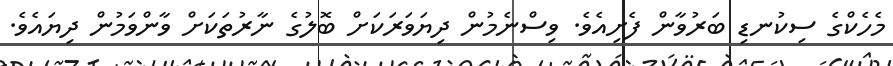
މެހެކްގެ ސިކުނޑި ބަރުވާން ފެށިއެވެ. ވިސްނެމުން ދިޔަވަރަކަށް ބޮލުގެ ނާރުތަކަށް ވާންވަމުން ދިޔައެވެ.